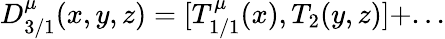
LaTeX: D_{3/1}^{\mu}(x,y,z)=[T_{1/1}^{\mu}(x),T_{2}(y,z)]+...